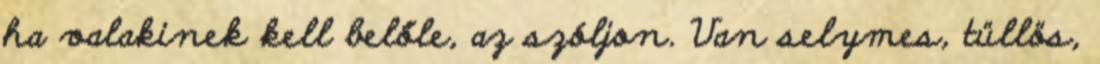
ha valakinek kell belőle, az szóljon. Van selymes, tüllös,